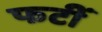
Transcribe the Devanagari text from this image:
फटीं